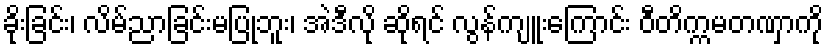
ခိုးခြင်း၊ လိမ်ညာခြင်းမပြုဘူး၊ အဲဒီလို ဆိုရင် လွန်ကျူးကြောင်း ဝီတိက္ကမတဏှာကို